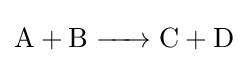
{\ce {A + B -> C + D}}